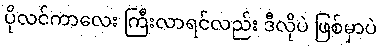
ပိုလင်ကာလေး ကြီးလာရင်လည်း ဒီလိုပဲ ဖြစ်မှာပဲ